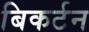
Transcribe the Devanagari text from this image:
बिकर्टन